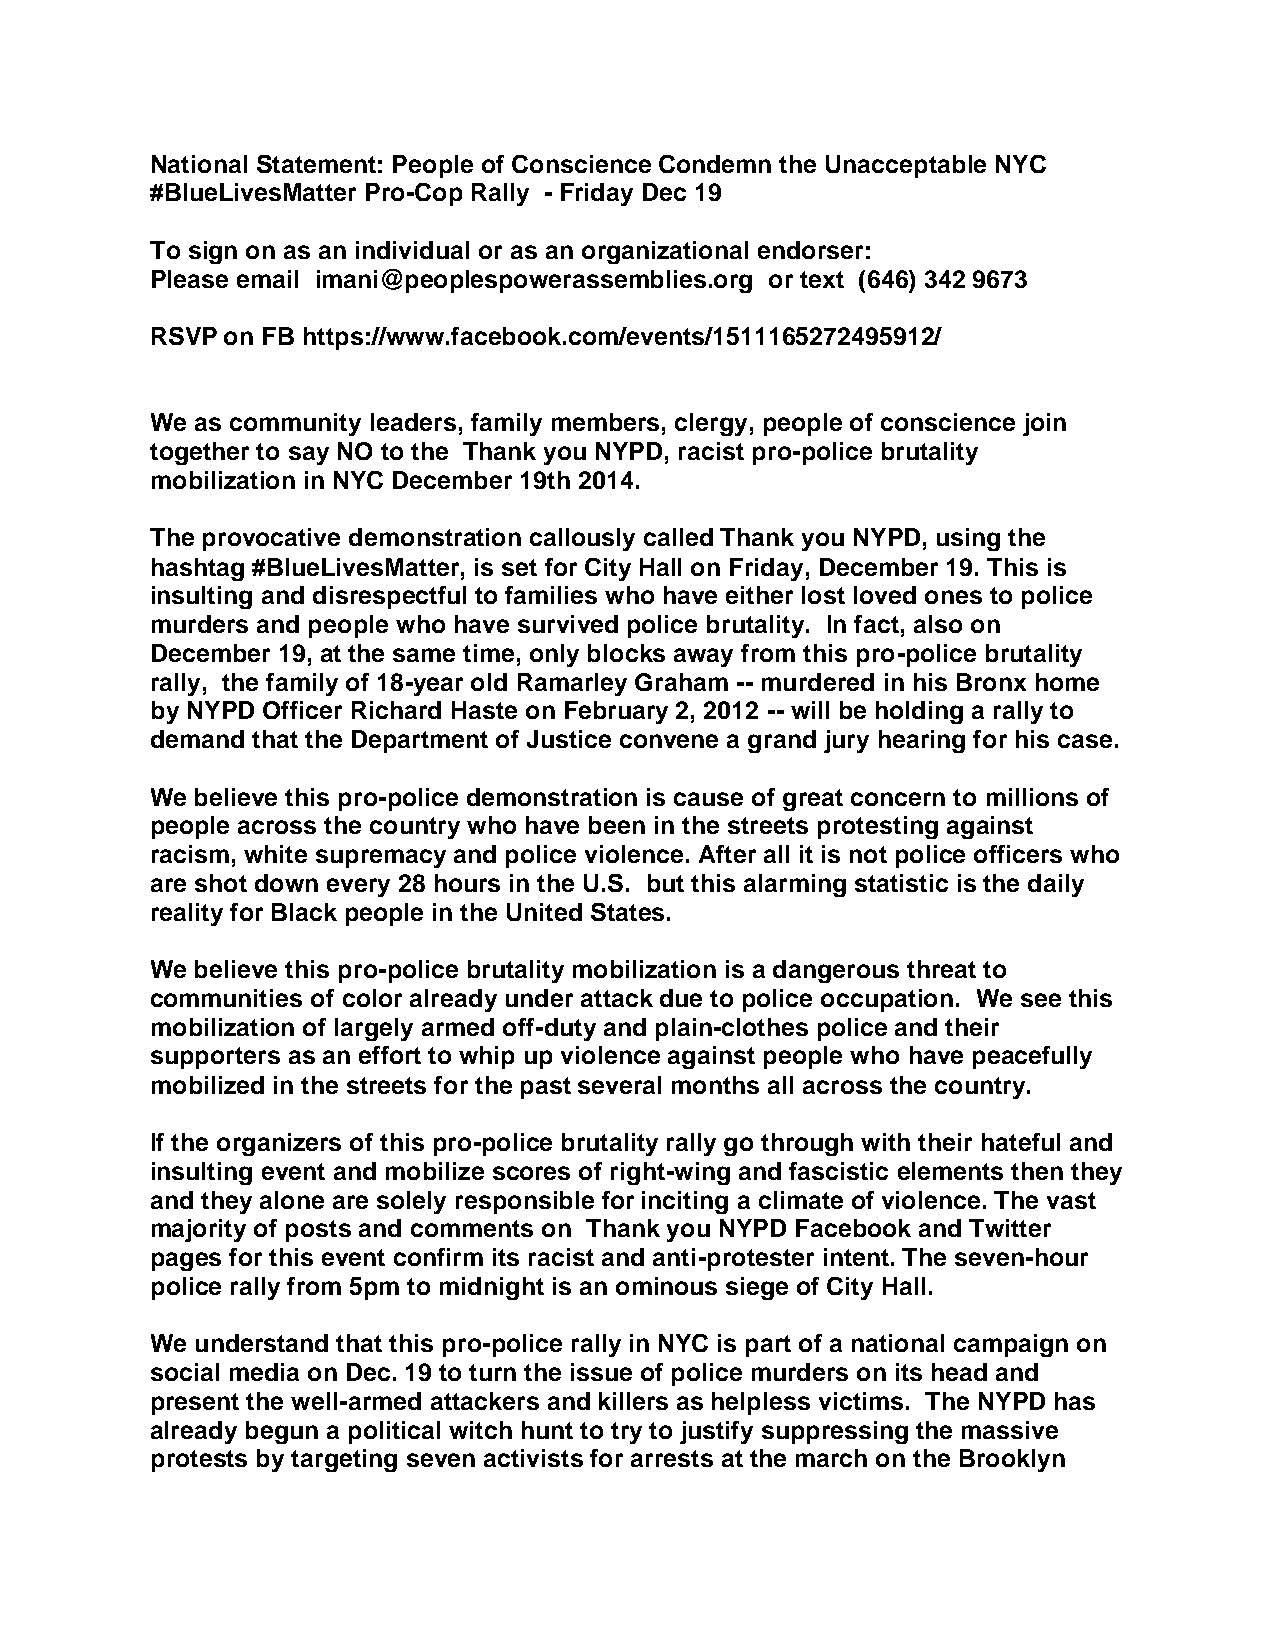
National Statement: People of Conscience Condemn the Unacceptable NYC
 #BlueLivesMatter Pro-Cop Rally - Friday Dec 19
 To sign on as an individual or as an organizational endorser:
 Please email imani@peoplespowerassemblies.org or text (646) 342 9673
 RSVP on FB https://www.facebook.com/events/1511165272495912/
 We as community leaders, family members, clergy, people of conscience join
 together to say NO to the Thank you NYPD, racist pro-police brutality
 mobilization in NYC December 19th 2014.
 The provocative demonstration callously called Thank you NYPD, using the
 hashtag #BlueLivesMatter, is set for City Hall on Friday, December 19. This is
 insulting and disrespectful to families who have either lost loved ones to police
 murders and people who have survived police brutality. In fact, also on
 December 19, at the same time, only blocks away from this pro-police brutality
 rally, the family of 18-year old Ramarley Graham -- murdered in his Bronx home
 by NYPD Officer Richard Haste on February 2, 2012 -- will be holding a rally to
 demand that the Department of Justice convene a grand jury hearing for his case.
 We believe this pro-police demonstration is cause of great concern to millions of
 people across the country who have been in the streets protesting against
 racism, white supremacy and police violence. After all it is not police officers who
 are shot down every 28 hours in the U.S. but this alarming statistic is the daily
 reality for Black people in the United States.
 We believe this pro-police brutality mobilization is a dangerous threat to
 communities of color already under attack due to police occupation. We see this
 mobilization of largely armed off-duty and plain-clothes police and their
 supporters as an effort to whip up violence against people who have peacefully
 mobilized in the streets for the past several months all across the country.
 If the organizers of this pro-police brutality rally go through with their hateful and
 insulting event and mobilize scores of right-wing and fascistic elements then they
 and they alone are solely responsible for inciting a climate of violence. The vast
 majority of posts and comments on Thank you NYPD Facebook and Twitter
 pages for this event confirm its racist and anti-protester intent. The seven-hour
 police rally from 5pm to midnight is an ominous siege of City Hall.
 We understand that this pro-police rally in NYC is part of a national campaign on
 social media on Dec. 19 to turn the issue of police murders on its head and
 present the well-armed attackers and killers as helpless victims. The NYPD has
 already begun a political witch hunt to try to justify suppressing the massive
 protests by targeting seven activists for arrests at the march on the Brooklyn